Lunatic asylums in Bengal annual reports 1899-1911 - 1899-1911
Year: 1899
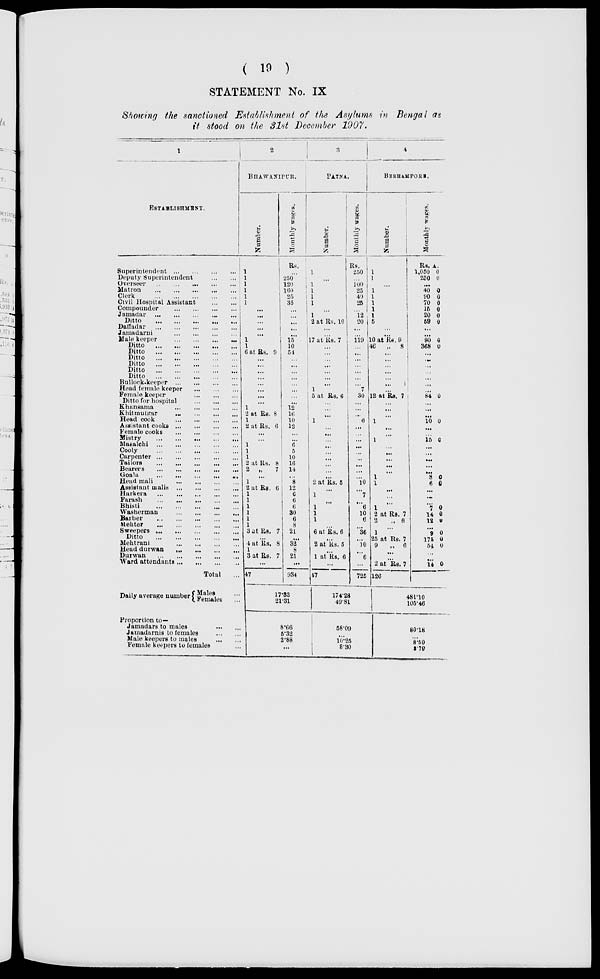
( 19 )
STATEMENT No. IX
Showing the sanctioned Establishment of the Asylums in Bengal as
it stood on the 31st December 1907.
1
ESTABLISHMENT.
Superintendent
...
...
...
...
Deputy Superintendent
...
...
Overseer
...
...
...
...
...
Matron
...
...
...
...
...
Clerk
...
...
...
...
...
Civil Hospital Assistant
...
...
Compounder ... ... ... ...
Jamadar
...
...
...
...
....
Ditto
...
...
...
...
...
Daffadar
...
...
...
...
...
Jamadarni
...
...
...
...
Male keeper
...
...
...
...
Ditto
...
...
...
...
...
Ditto
...
...
...
...
...
Ditto
...
...
...
...
...
Ditto
...
...
...
...
...
Ditto
...
...
...
...
...
Ditto
...
...
...
...
...
Bullock-keeper
...
...
...
...
Head female keeper
...
...
...
Female keeper
...
...
...
Ditto for hospital
...
...
...
Khansama
...
...
...
...
Khitmutgar
...
...
...
...
Head cook
...
...
...
...
Assistant cooks
...
...
...
...
Female cooks
...
...
...
...
Mistry
...
...
...
...
...
Masalchi
...
...
...
...
...
Cooly
...
...
...
...
...
Carpenter
...
...
...
...
...
Tailors
...
...
...
...
...
Bearers
...
...
...
...
...
Goala
...
...
...
...
...
Head mali
...
...
...
...
Assistant malis
...
...
...
...
Harkera
...
...
...
...
...
Farash
...
...
...
...
...
Bhisti
...
...
...
...
...
Washerman
...
...
...
...
Barber
...
...
...
...
...
Mentor
...
...
...
...
...
Sweepers ... ... ... ... ...
Ditto
...
...
...
...
...
Mehtrani
...
...
...
...
Head durwan
...
...
...
...
Durwan
...
...
...
...
...
Ward attendants
...
...
...
...
Total ...
Daily average number Males ...
Females ...
Proportion to—
Jamadars to males ... ...
Jamadarnis to females
...
...
Male keepers to males
...
...
Female keepers to females ...
2
BHAWANIPUR.
Number.
1
1
1
1
1
1
...
...
...
...
...
1
1
6 at Rs. 9
...
...
...
...
...
...
...
...
1
2 at Rs. 8
1
2 at Rs. 6
...
...
1
1
1
2 at Rs. 8
2 „
7
...
1
2 at Rs. 6
1
1
1
1
1
1
3 at Rs. 7
...
4 at Rs. 8
1
3 at Rs. 7
...
47
Monthly wages.
Rs.
...
250
120
160
25
35
...
...
...
...
...
15
10
54
...
...
...
...
...
...
...
...
12
16
10
12
...
...
6
5
10
16
14
...
8
12
6
6
6
30
6
8
21
...
32
8
21
...
934
17.33
21.31
8.66
5.32
2.88
...
3
PATNA.
Number.
1
...
1
1
1
1
...
1
2 at Rs. 10
...
...
17 at Rs. 7
...
...
...
...
...
...
...
1
5 at Rs. 6
...
...
...
1
...
...
...
...
...
...
...
...
...
2 at Rs. 5
...
1
...
1
1
1
...
6 at Rs. 6
...
2 at Rs. 5
...
1 at Rs. 6
...
47
Monthly wages.
Rs.
250
...
100
25
40
25
... 12
20
...
...
119
...
...
...
...
...
...
...
7
30
...
...
...
6
...
...
...
...
...
...
...
...
...
10
...
7
...
6
10
6
...
36
...
10 ...
6
...
725
174.28
49.81
58.09
...
10.25
8.30
4
BERHAMPORE.
Number.
1
1
...
1
1
1
1
1
5
...
...
10 at Rs. 9
46
„ 8
...
...
...
...
...
...
...
12 at Rs. 7
...
...
...
1
...
...
1
...
...
...
...
...
1
1
...
...
...
1
2 at Rs. 7
2 „ 6
...
1
25 at Rs. 7
9
„ 6
...
...
2 at Rs. 7
126
Monthly wages.
Rs.
1,050
250
A.
0
0
...
40
90
70
15
20
59
0
0
0
0
0
0
...
...
90
368
0
0
...
...
...
...
...
...
...
84 0
...
...
...
10 0
...
...
15 0
...
...
...
...
...
8
6
0
0
...
...
7
14
12
0
0
0
...
9
175
54
0
0
0
...
...
14 0
481.10
105.46
80.18
...
8.59
3.79